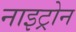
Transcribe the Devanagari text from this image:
नाइट्रोन